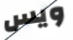
ويس